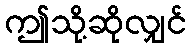
ဤသို့ဆိုလျှင်